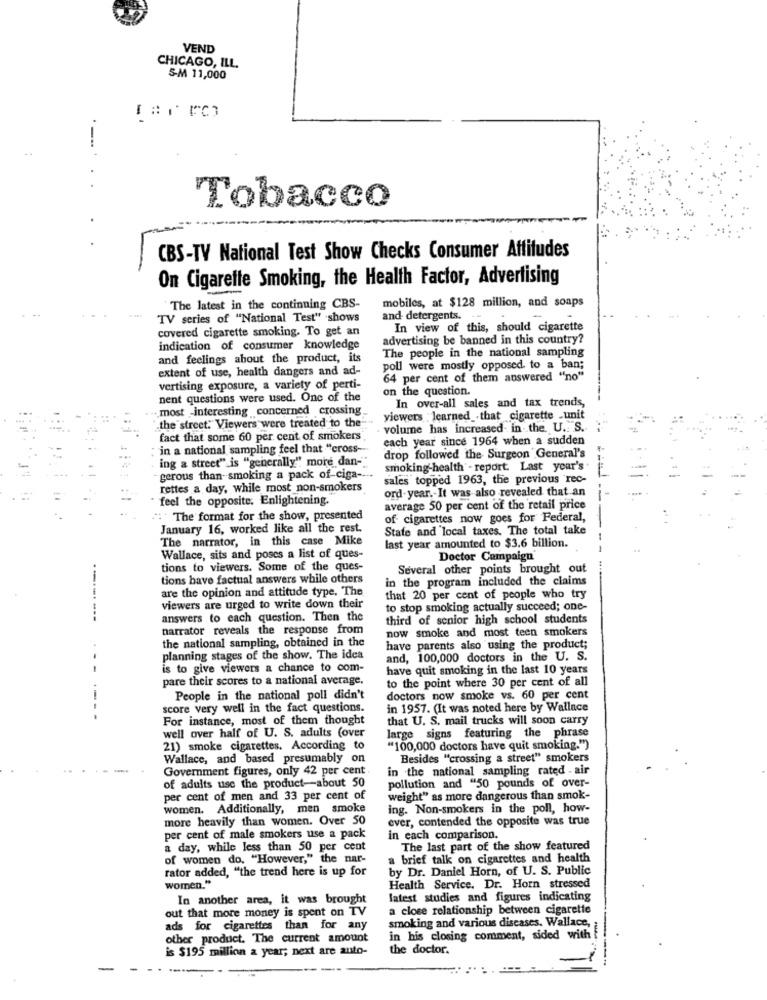
VEND
CHICAGO, ILL.
S-M 11,000
-
Tobacco
CBS-TV National Test Show Checks Consumer Affitudes
On Cigarette Smoking, the Health Factor, Advertising
The latest in the continuing CBS-
mobiles, at $128 million, and soaps
TV series of "National Test" shows
and- detergents.
covered cigarette smoking. To get an
In view of this, should cigarette
advertising be banned in this country?
indication of consumer knowledge
The people in the national sampling
and feelings about the product, its
extent of use, health dangers and ad-
poll were mostly opposed to a ban;
64 per cent of them answered "no"
vertising exposure, a variety of perti-
on the question.
nent questions were used. One of the
In over-all sales and tax trends,
.most interesting concerned crossing_
viewers . learned .that cigarette .unit
the street. Viewers were treated to the" ...
volume has increased- in the U. S.
fact that some 60 per cent of smokers
each year since 1964 when a sudden
in a national sampling feel that "cross-
ing a street" is "generally" more dan-"
drop followed the Surgeon General's
smoking-health" - report. Last year's
gerous than-smoking a pack of-ciga ---.
sales topped 1963, the previous rec-
rettes a day, while most non-smokers
ord-year .- It was also -revealed that.an
feel the opposite. Enlightening.
average 50 per cent of the retail price
"The format for the show, presented
of cigarettes now goes for Federal,
January 16, worked like all the rest.
State and local taxes. The total take
The narrator, in this case Mike
last year amounted to $3.6 billion.
Wallace, sits and poses a list of ques-
Doctor Campaign
tions to viewers. Some of the ques-
Several other points brought out
tions have factual answers while others
in the program included the claims
are the opinion and attitude type. The
-----.
that 20 per cent of people who try
viewers are urged to write down their
to stop smoking actually succeed; one-
---
answers to each question. Then the
third of senior high school students
narrator reveals the response from
now smoke and most teen smokers
the national sampling, obtained in the
have parents also using the product;
planning stages of the show. The idea
and, 100,000 doctors in the U. S.
-
is to give viewers a chance to com-
have quit smoking in the last 10 years
pare their scores to a national average.
to the point where 30 per cent of all
-
People in the national poll didn't
doctors now smoke vs. 60 per cent
score very well in the fact questions.
in 1957. (It was noted here by Wallace
For instance, most of them thought
that U. S. mail trucks will soon carry
large signs featuring the phrase
well over half of U. S. adults (over
21) smoke cigarettes. According to
"100,000 doctors have quit smoking.")
Wallace, and based presumably on
Besides "crossing a street" smokers
-
Government figures, only 42 per cent
in the national sampling rated - air
of adults use the product-about 50
pollution and "50 pounds of over-
per cent of men and 33 per cent of
weight" as more dangerous than smok-
women. Additionally, men smoke
ing. Non-smokers in the poll, how-
more heavily than women. Over 50
ever, contended the opposite was true
per cent of male smokers use a pack
in each comparison.
a day, while less than 50 per cent
The last part of the show featured
of women do. "However," the nar-
a brief talk on cigarettes and health
rator added, "the trend here is up for
by Dr. Daniel Horn, of U. S. Public
women."
Health Service. Dr. Horn stressed
In another area, it was brought
latest studies and figures indicating
out that more money is spent on TV
a close relationship between cigarette
ads for cigarettes than for any
smoking and various diseases. Wallace,
other product. The current amount
in his closing comment, sided with
is $195 million a year; next are auto-
the doctor.